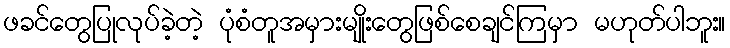
ဖခင်တွေပြုလုပ်ခဲ့တဲ့ ပုံစံတူအမှားမျိုးတွေဖြစ်စေချင်ကြမှာ မဟုတ်ပါဘူး။